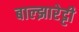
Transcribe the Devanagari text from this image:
बाल्झारेट्टी